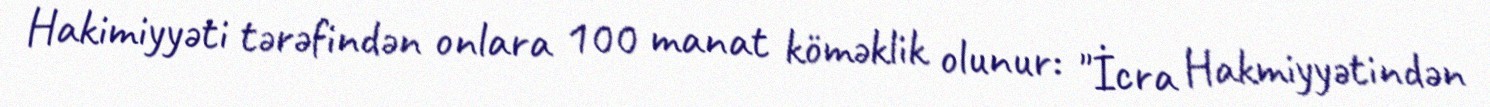
Hakimiyyəti tərəfindən onlara 100 manat köməklik olunur: "İcra Hakmiyyətindən